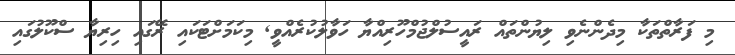
މި ފަރާތްތަކާ މިދެންނެވި ލިޔުންތައް ރައީސުލްޖުމްހޫރިއްޔާ ހަވާލުކުރެއްވީ